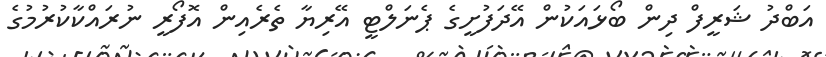
އަބްދު ޝަރީފް ދިން ބޯޅައަކުން އޭދަފުށީގެ ޕެނަލްޓީ އޭރިޔާ ތެރެއިން އޮފޯރީ ނުރައްކާކުރުމުގެ